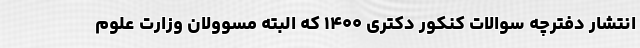
انتشار دفترچه سوالات کنکور دکتری ۱۴۰۰ که البته مسوولان وزارت علوم